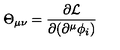
\Theta _ { \mu \nu } = \frac { \partial { \cal L } } { \partial ( \partial ^ { \mu } \phi _ { i } ) }